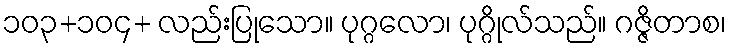
၁၀၃+၁၀၄+ လည်းပြုသော။ ပုဂ္ဂလော၊ ပုဂ္ဂိုလ်သည်။ ဂဇ္ဇိတာစ၊